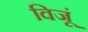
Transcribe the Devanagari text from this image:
विजूं